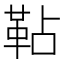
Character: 䩞